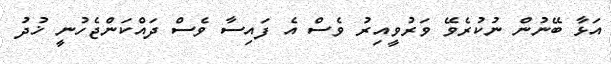
އަޅާ ބޭނުން ނުކުރެވޭ ވަރުވީއިރު ވެސް އެ ފައިސާ ވެސް ދައްކަންޖެހުނީ ޚުދު